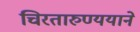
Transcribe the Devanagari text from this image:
चिरतारुण्ययाने